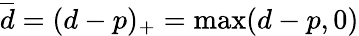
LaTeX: \overline{d}=(d-p)_{+}=\operatorname*{max}(d-p,0)